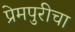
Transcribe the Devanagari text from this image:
प्रेमपुरीचा